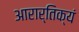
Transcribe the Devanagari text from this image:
आरार्तिक्यं